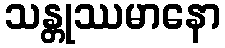
သန္တုဿမာနော